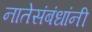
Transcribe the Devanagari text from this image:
नातेसंबंधांनी